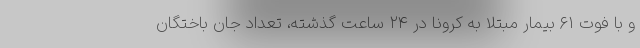
و با فوت ۶۱ بیمار مبتلا به کرونا در ۲۴ ساعت گذشته، تعداد جان باختگان